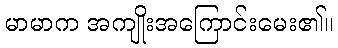
မာမာက အကျိုးအကြောင်းမေး၏။